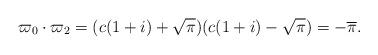
LaTeX: \begin{align*}\varpi_0\cdot\varpi_2 = (c(1+i)+\sqrt{\pi})(c(1+i)-\sqrt{\pi}) = -\overline{\pi}.\end{align*}